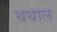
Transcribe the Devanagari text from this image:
थथाल